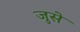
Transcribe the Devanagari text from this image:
जुसे